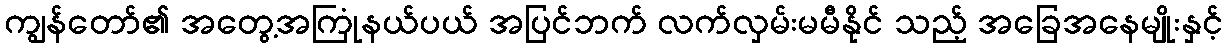
ကျွန်တော်၏ အတွေ့အကြုံနယ်ပယ် အပြင်ဘက် လက်လှမ်းမမီနိုင် သည့် အခြေအနေမျိုးနှင့်